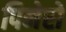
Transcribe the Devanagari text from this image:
पिनेरो